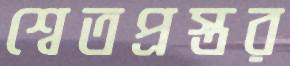
শ্বেতপ্রস্তর